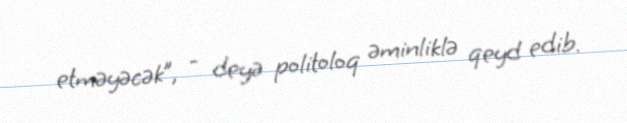
etməyəcək”, - deyə politoloq əminliklə qeyd edib.